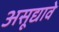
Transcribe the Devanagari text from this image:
असूद्यावे